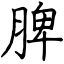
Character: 脾